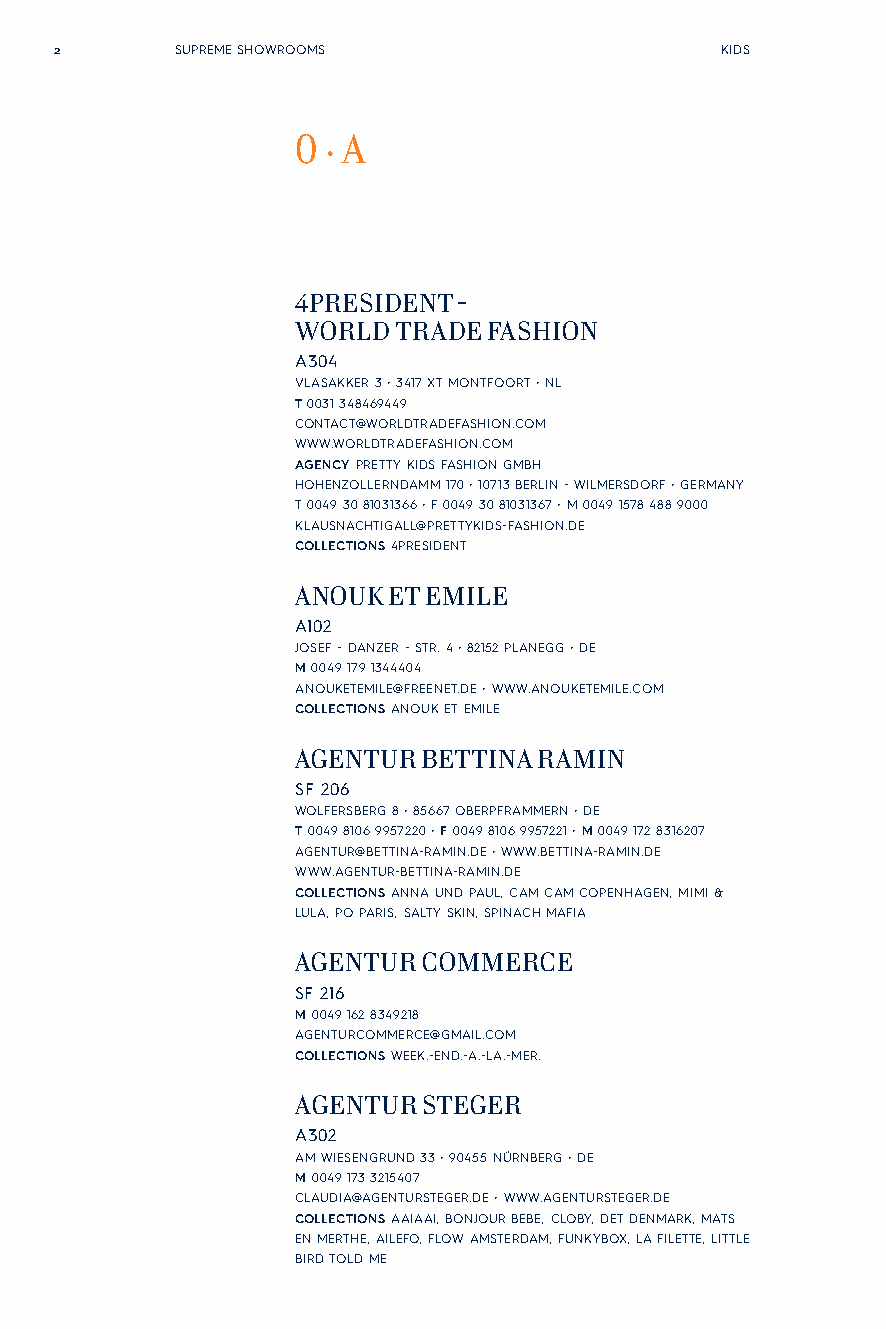
2       SUPREME SHOWROOMS                   KIDS
 0 · A
 4PRESIDENT -
 WORLD TRADE FASHION
 A304
 VLASAKKER 3 • 3417 XT MONTFOORT • NL
 T 0031 348469449
 CONTACT@WORLDTRADEFASHION.COM
 WWW.WORLDTRADEFASHION.COM
 AGENCY PRETTY KIDS FASHION GMBH
 HOHENZOLLERNDAMM 170 • 10713 BERLIN - WILMERSDORF • GERMANY
 T 0049 30 81031366 • F 0049 30 81031367 • M 0049 1578 488 9000
 KLAUSNACHTIGALL@PRETTYKIDS-FASHION.DE
 COLLECTIONS 4PRESIDENT
 ANOUK ET EMILE
 A102
 JOSEF - DANZER - STR. 4 • 82152 PLANEGG • DE
 M 0049 179 1344404
 ANOUKETEMILE@FREENET.DE • WWW.ANOUKETEMILE.COM
 COLLECTIONS ANOUK ET EMILE
 AGENTUR BETTINA RAMIN
 SF 206
 WOLFERSBERG 8 • 85667 OBERPFRAMMERN • DE
 T 0049 8106 9957220 • F 0049 8106 9957221 • M 0049 172 8316207
 AGENTUR@BETTINA-RAMIN.DE • WWW.BETTINA-RAMIN.DE
 WWW.AGENTUR-BETTINA-RAMIN.DE
 COLLECTIONS ANNA UND PAUL, CAM CAM COPENHAGEN, MIMI &
 LULA, PO PARIS, SALTY SKIN, SPINACH MAFIA
 AGENTUR COMMERCE
 SF 216
 M 0049 162 8349218
 AGENTURCOMMERCE@GMAIL.COM
 COLLECTIONS WEEK.-END.-A.-LA.-MER.
 AGENTUR STEGER
 A302
 AM WIESENGRUND 33 • 90455 NÜRNBERG • DE
 M 0049 173 3215407
 CLAUDIA@AGENTURSTEGER.DE • WWW.AGENTURSTEGER.DE
 COLLECTIONS AAIAAI, BONJOUR BEBE, CLOBY, DET DENMARK, MATS
 EN MERTHE, AILEFO, FLOW AMSTERDAM, FUNKYBOX, LA FILETTE, LITTLE
 BIRD TOLD ME